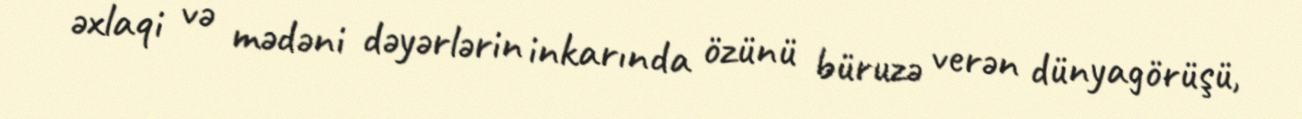
əxlaqi və mədəni dəyərlərin inkarında özünü büruzə verən dünyagörüşü,